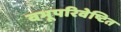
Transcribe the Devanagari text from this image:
वभूपरिवेष्टित